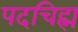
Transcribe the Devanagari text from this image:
पदचिह्म